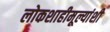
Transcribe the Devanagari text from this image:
लोकशाहीमूल्यांशी